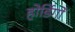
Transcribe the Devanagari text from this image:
होर्डिगों